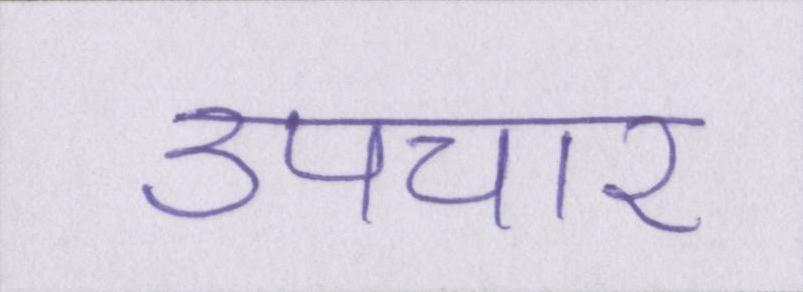
उपचार